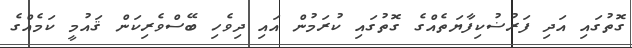
ގޮތުގައި އަދި ފަރުޟުކިފާޔަތެއްގެ ގޮތުގައި ކުރަމުން އައި ދިވެހި ބޭސްވެރިކަން ޤައުމީ ކަމެއްގެ